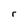
Character: r